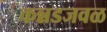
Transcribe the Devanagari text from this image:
कन्नडजवळ